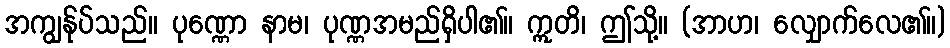
အကျွန်ုပ်သည်။ ပုဏ္ဏော နာမ၊ ပုဏ္ဏအမည်ရှိပါ၏။ ဣတိ၊ ဤသို့။ (အာဟ၊ လျှောက်လေ၏။)